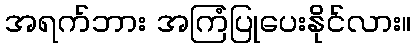
အရက်ဘား အကြံပြုပေးနိုင်လား။